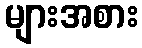
များအစား